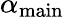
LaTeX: \alpha_{\mathrm{{main}}}